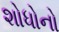
શોધોનો